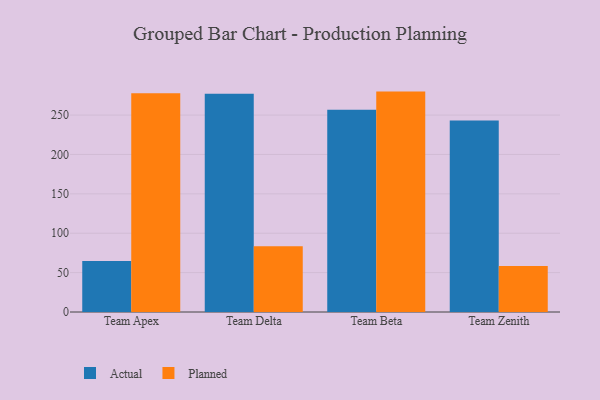
{"axis": {"x": "Team", "y": "Population (Million)"}, "legend": ["Actual", "Planned"], "data": [{"x": "Team Apex", "y": 64.9, "type": "Actual"}, {"x": "Team Apex", "y": 277.6, "type": "Planned"}, {"x": "Team Delta", "y": 277.0, "type": "Actual"}, {"x": "Team Delta", "y": 83.6, "type": "Planned"}, {"x": "Team Beta", "y": 256.6, "type": "Actual"}, {"x": "Team Beta", "y": 279.8, "type": "Planned"}, {"x": "Team Zenith", "y": 243.1, "type": "Actual"}, {"x": "Team Zenith", "y": 58.5, "type": "Planned"}]}